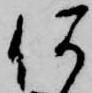
何